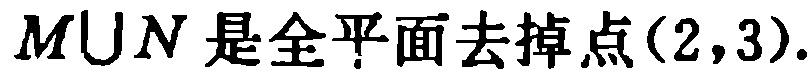
$M\cup N\text{是全平面去掉点}(2,3).$